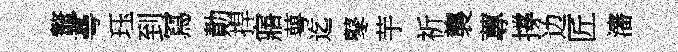
鼇蕚珏到冩勣捍寤萼迄鼕芋祈襲蓴撐边匠瀋